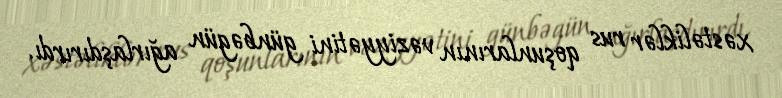
xəstəliklər rus qoşunlarının vəziyyətini günbəgün ağırlaşdırırdı.